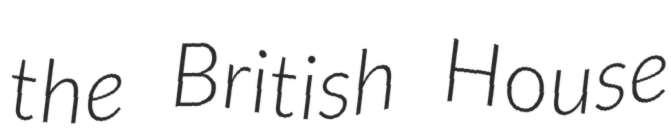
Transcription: the British House